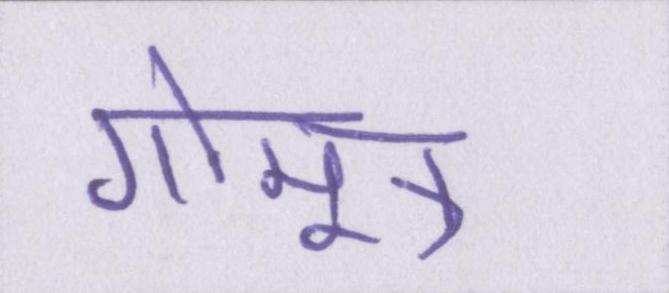
गोमूत्र